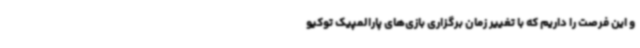
و این فرصت را داریم که با تغییر زمان برگزاری بازی‌های پارالمپیک توکیو